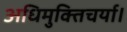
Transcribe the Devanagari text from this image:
अधिमुक्तिचर्या।